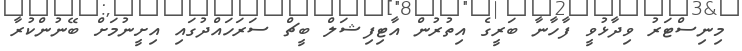
މިނިސްޓަރު ވިދާޅުވީ ފާހާނާ ބަރީގެ އިތުރުން އާޓިފިޝަލް ބީޗް ސަރަހައްދުގައި އިށީނުމަށް ބޭނުންކުރާ